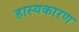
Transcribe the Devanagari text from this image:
हास्यकारण